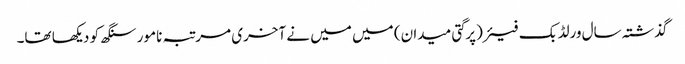
گذشتہ سال ورلڈ بک فیئر(پرگتی میدان) میں میں نے آخری مرتبہ نامور سنگھ کو دیکھا تھا۔